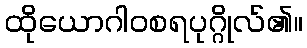
ထိုယောဂါဝစရပုဂ္ဂိုလ်၏။